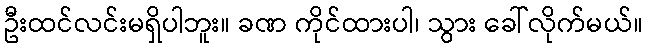
ဦးထင်လင်းမရှိပါဘူး။ ခဏ ကိုင်ထားပါ၊ သွား ခေါ်လိုက်မယ်။